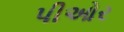
પીઓર